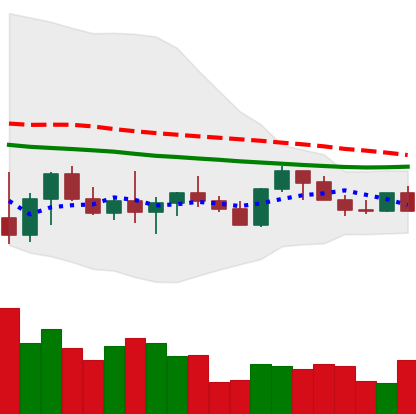
Ticker: LTC-USD
Chart end date: 2022-10-10
Forward return: -4.334%
Label: down_3_5